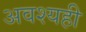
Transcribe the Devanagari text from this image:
अवश्यही